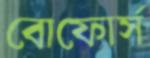
বোফোর্স